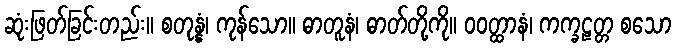
ဆုံးဖြတ်ခြင်းတည်း။ စတုန္နံ၊ ကုန်သော။ ဓာတူနံ၊ ဓာတ်တို့ကို။ ဝဝတ္ထာနံ၊ ကက္ခဠတ္တ စသော